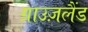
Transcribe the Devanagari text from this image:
ग्राउज़लैंड